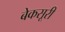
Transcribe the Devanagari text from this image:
बेकसूरी